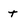
Character: t